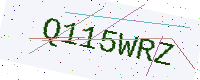
Text: Q115WRZ